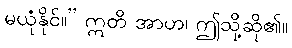
မယုံနိုင်။” ဣတိ အာဟ၊ ဤသို့ဆို၏။